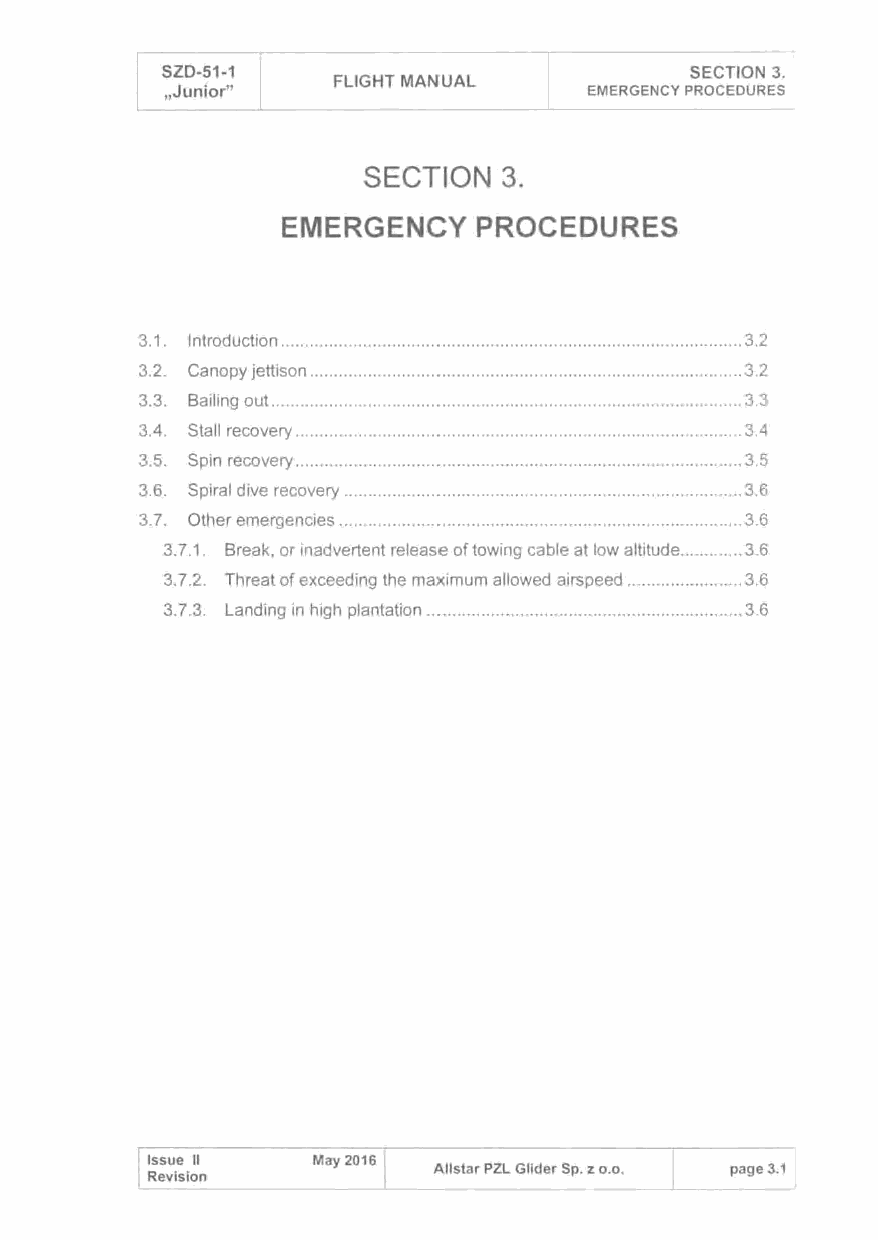
SZD-51-1                           SECTION 3.
 FLIGHT MANUAL
 ,Junior"                    EMERGENCY PROCEDURES
 SECTION  3.
 EMERGENCY    PROCEDURES
 3.1. Introduction ............................................................................................... 3.2
 3.2. Canopy jettison ......................................................................................... 3.2
 3.3. Bailing out ................................................................................................. 3.3
 3.4. Stall recovery ............................................................................................ 3.4
 3.5. Spin recovery ............................................................................................ 3.5
 3.6. Spiral dive recovery .................................................................................. 3.6
 3. 7. Other emergencies ................................................................................... 3.6
 3.7.1. Break, or inadvertent release of towing cable at low altitude ............. 3.6
 3. 7.2. Threat of exceeding the maximum allowed airspeed ........................ 3.6
 3.7.3. Landing in high plantation ................................................................. 3.6
 _L
 Issue 11   May 2016
 All star PZL Glider Sp. z o.o. page 3.1
 Revision